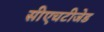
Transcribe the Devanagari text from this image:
सीएचटीजेड